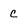
Character: C